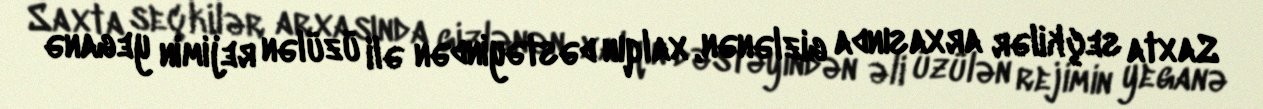
Saxta seçkilər arxasında gizlənən, xalqın dəstəyindən əli üzülən rejimin yeganə